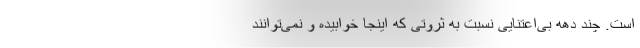
است. چند دهه بی‌اعتنایی نسبت به ثروتی که اینجا خوابیده و نمی‌توانند